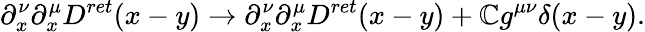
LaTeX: \partial_{x}^{\nu}\partial_{x}^{\mu}D^{ret}(x-y)\rightarrow\partial_{x}^{\nu}\partial_{x}^{\mu}D^{ret}(x-y)+\mathbb{C}g^{\mu\nu}\delta(x-y).